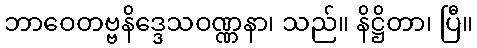
ဘာဝေတဗ္ဗနိဒ္ဒေသဝဏ္ဏနာ၊ သည်။ နိဋ္ဌိတာ၊ ပြီ။